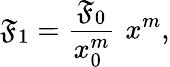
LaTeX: \mathfrak{F}_{1}={\frac{{\mathfrak{F}_{0}}}{{x_{0}^{m}}}}\, \, x^{m},